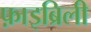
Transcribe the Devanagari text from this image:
फ़ाइब्रिली